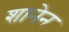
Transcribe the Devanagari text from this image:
शानेन